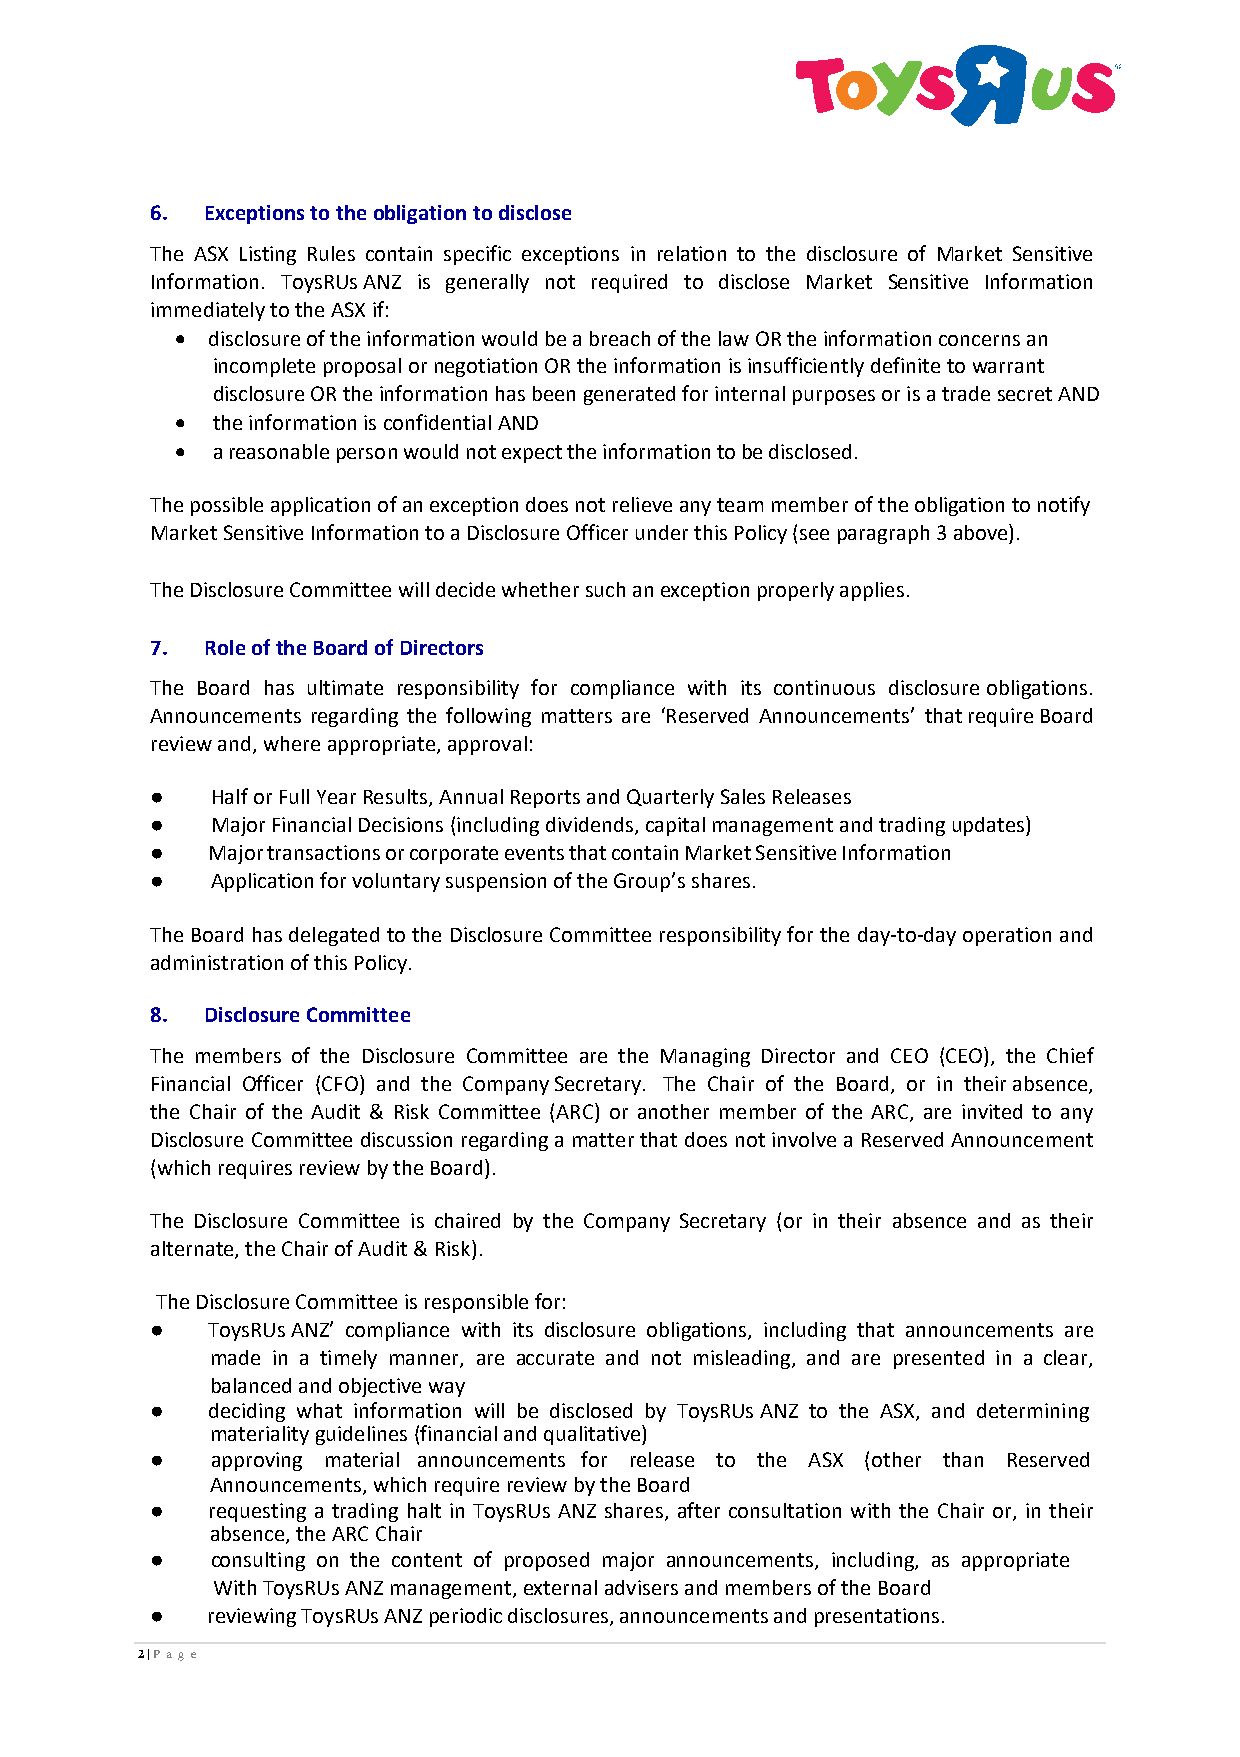
6.  Exceptions to the obligation to disclose
 The ASX Listing Rules contain specific exceptions in relation to the disclosure of Market Sensitive
 Information. ToysRUs ANZ is generally not required to disclose Market Sensitive Information
 immediately to the ASX if:
 • disclosure of the information would be a breach of the law OR the information concerns an
 incomplete proposal or negotiation OR the information is insufficiently definite to warrant
 disclosure OR the information has been generated for internal purposes or is a trade secret AND
 • the information is confidential AND
 • a reasonable person would not expect the information to be disclosed.
 The possible application of an exception does not relieve any team member of the obligation to notify
 Market Sensitive Information to a Disclosure Officer under this Policy (see paragraph 3 above).
 The Disclosure Committee will decide whether such an exception properly applies.
 7.  Role of the Board of Directors
 The Board has ultimate responsibility for compliance with its continuous disclosure obligations.
 Announcements regarding the following matters are ‘Reserved Announcements’ that require Board
 review and, where appropriate, approval:
 ●   Half or Full Year Results, Annual Reports and Quarterly Sales Releases
 ●   Major Financial Decisions (including dividends, capital management and trading updates)
 ●   Major transactions or corporate events that contain Market Sensitive Information
 ●   Application for voluntary suspension of the Group’s shares.
 The Board has delegated to the Disclosure Committee responsibility for the day-to-day operation and
 administration of this Policy.
 8.  Disclosure Committee
 The members of the Disclosure Committee are the Managing Director and CEO (CEO), the Chief
 Financial Officer (CFO) and the Company Secretary. The Chair of the Board, or in their absence,
 the Chair of the Audit & Risk Committee (ARC) or another member of the ARC, are invited to any
 Disclosure Committee discussion regarding a matter that does not involve a Reserved Announcement
 (which requires review by the Board).
 The Disclosure Committee is chaired by the Company Secretary (or in their absence and as their
 alternate, the Chair of Audit & Risk).
 The Disclosure Committee is responsible for:
 ●   ToysRUs ANZ’ compliance with its disclosure obligations, including that announcements are
 made in a timely manner, are accurate and not misleading, and are presented in a clear,
 balanced and objective way
 ●   deciding what information will be disclosed by ToysRUs ANZ to the ASX, and determining
 materiality guidelines (financial and qualitative)
 ●   approving material announcements for release to the ASX (other than Reserved
 Announcements, which require review by the Board
 ●   requesting a trading halt in ToysRUs ANZ shares, after consultation with the Chair or, in their
 absence, the ARC Chair
 ●   consulting on the content of proposed major announcements, including, as appropriate
 With ToysRUs ANZ management, external advisers and members of the Board
 ●   reviewing ToysRUs ANZ periodic disclosures, announcements and presentations.
 2 | P age